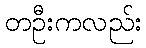
တဦးကလည်း